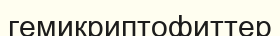
гемикриптофиттер